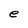
Character: e